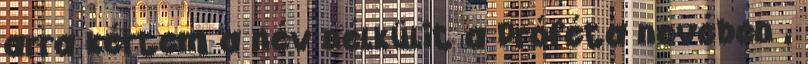
arra kértem a név nélkülit a Próféta nevében ,